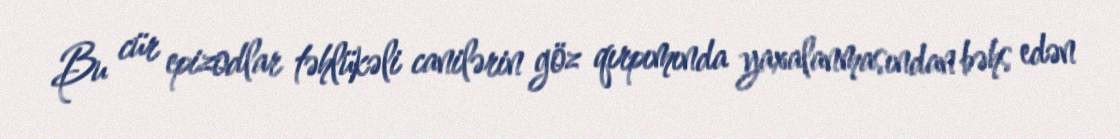
Bu cür epizodlar təhlükəli canilərin göz qırpımında yaxalanmasından bəhs edən